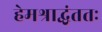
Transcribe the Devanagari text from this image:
हेमश्राद्धंततः